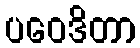
ပဝေဒိတာ